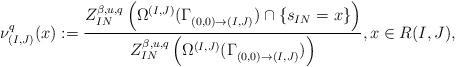
LaTeX: \begin{align*} \nu_{(I,J)}^q(x):=\frac{Z^{\beta, u, q}_{IN}\left(\Omega^{(I,J)}(\Gamma^{}_{(0,0)\to(I,J)}) \cap \{s_{IN}=x\}\right) } {Z^{\beta, u, q}_{IN}\left(\Omega^{(I,J)}(\Gamma^{}_{(0,0)\to(I,J)})\right)}, x \in R(I,J),\end{align*}